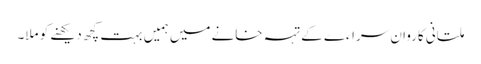
ملتانی کاروان سراءے کے تہہ خانے میں ہمیں بہت کچھ دیکھنے کو ملا۔